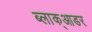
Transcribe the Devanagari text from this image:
ब्लाक्आडर